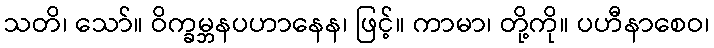
သတိ၊ သော်။ ဝိက္ခမ္ဘနပဟာနေန၊ ဖြင့်။ ကာမာ၊ တို့ကို။ ပဟီနာစေဝ၊